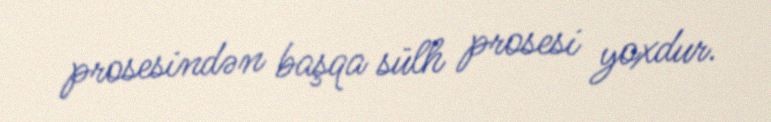
prosesindən başqa sülh prosesi yoxdur.